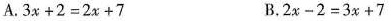
A.$$3x+2 = 2x+7$$ B.$$2x-2 = 3x+7$$